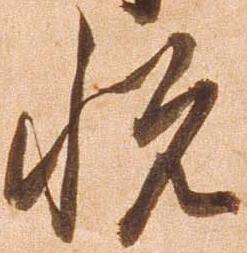
悦